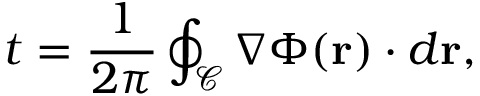
t = \frac { 1 } { 2 \pi } \oint _ { \mathcal { C } } \boldsymbol { \nabla } \Phi ( \mathbf { r } ) \cdot d \mathbf { r } ,